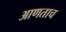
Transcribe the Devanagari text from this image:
आणताच